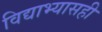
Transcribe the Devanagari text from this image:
विद्याभ्यासही